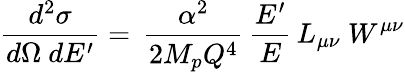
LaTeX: \frac{d^{2}\sigma}{d\Omega~dE^{\prime}}=\, \frac{\alpha^{2}}{2M_{p}Q^{4}}\, \frac{E^{\prime}}{E}\, L_{\mu\nu}~W^{\mu\nu}